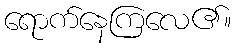
ရောက်နေကြလေ၏။